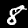
Label: 8